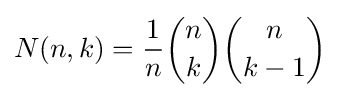
N(n,k)={\frac {1}{n}}{n \choose k}{n \choose k-1}